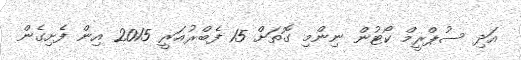
އަދި ސުޕްރީމް ކޯޓުން ނިންމި ގޮތަށް 15 ފެބްރުއަރީ 2015 އިން ފެށިގެން